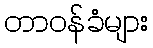
တာဝန်ခံများ